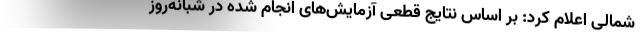
شمالی اعلام کرد: بر اساس نتایج قطعی آزمایش‌های انجام شده در شبانه‌روز